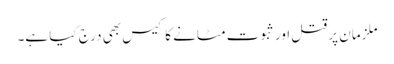
ملزمان پر قتل اور ثبوت مٹانے کا کیس بھی درج کیا ہے۔